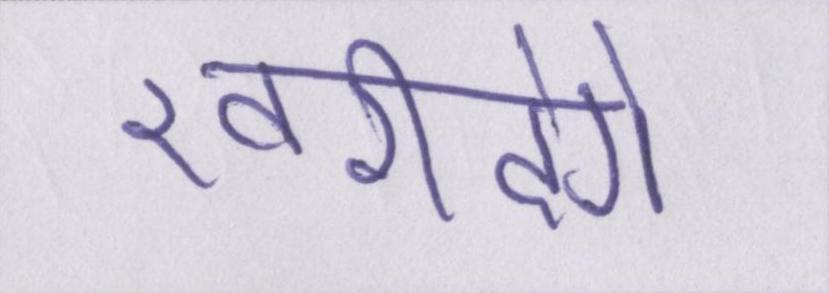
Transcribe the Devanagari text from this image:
खरीदेंगे